Trukikaitis_Postimees, lk 41
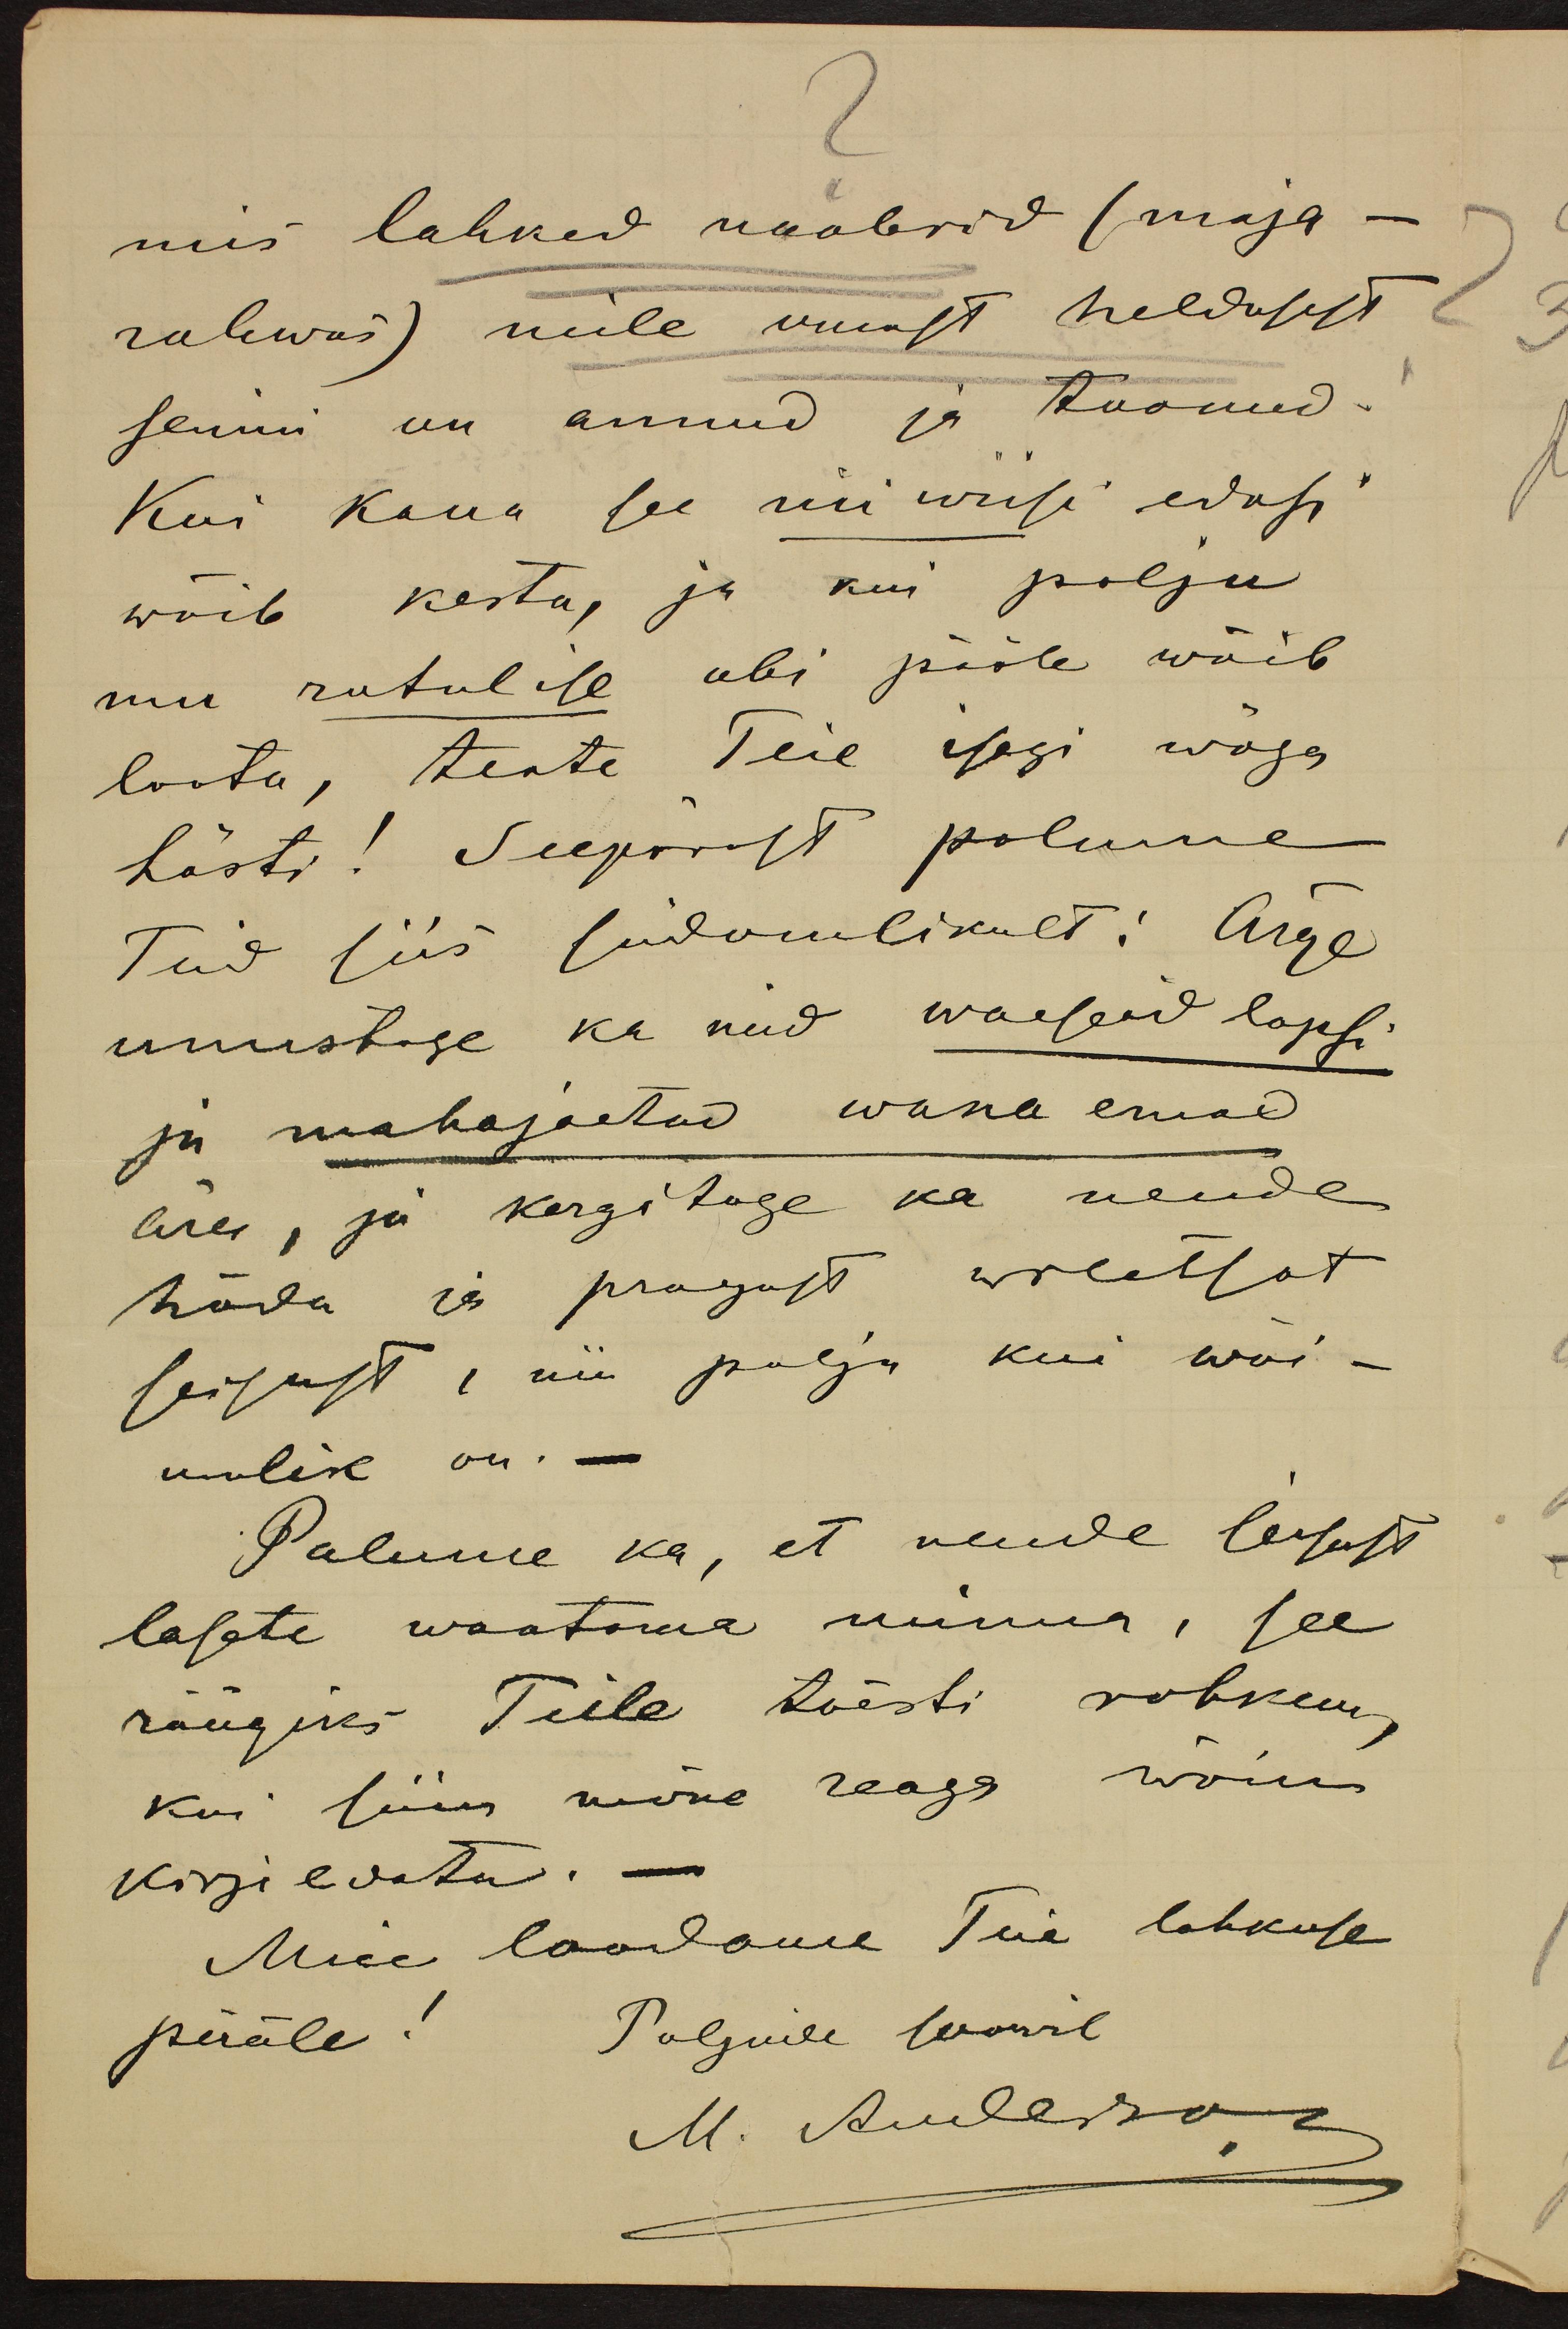
mis lahked naabrid (maja -
rahwas) neile omast heldusest
senini on annud ja toonud.
Kui kaua see nii wiisi edasi
wõib kesta, ja kui palju
mu rutulise abi pääle wõib
loota, teate Teie isegi wäga
hästi! Seepärast palume
teid siis südamulikult: Ärge
unustage ka neid waeseid lapsi
ja mahajäetud wana emad
ära, ja kergitage ka nende
häda ja praegust wiletsat
seisust, nii palju kui wõi-
malik on.
Palume ka, et nende seisust
lasete waatama minna, see
räägiks Teile tõesti rohkem,
kui siin mõne reaga wõin
kirjeldata.
Meie loodame Teie lahkuse
pääle! Paljude soowil
M. Anderson

2